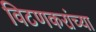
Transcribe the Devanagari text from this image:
विटणकरांच्या